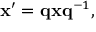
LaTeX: \mathbf { x ^ { \prime } } = \mathbf { q x q } ^ { - 1 } ,